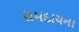
સમદાયના